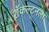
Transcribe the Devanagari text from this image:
शॅकल्टनला